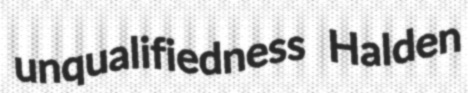
unqualifiedness Halden